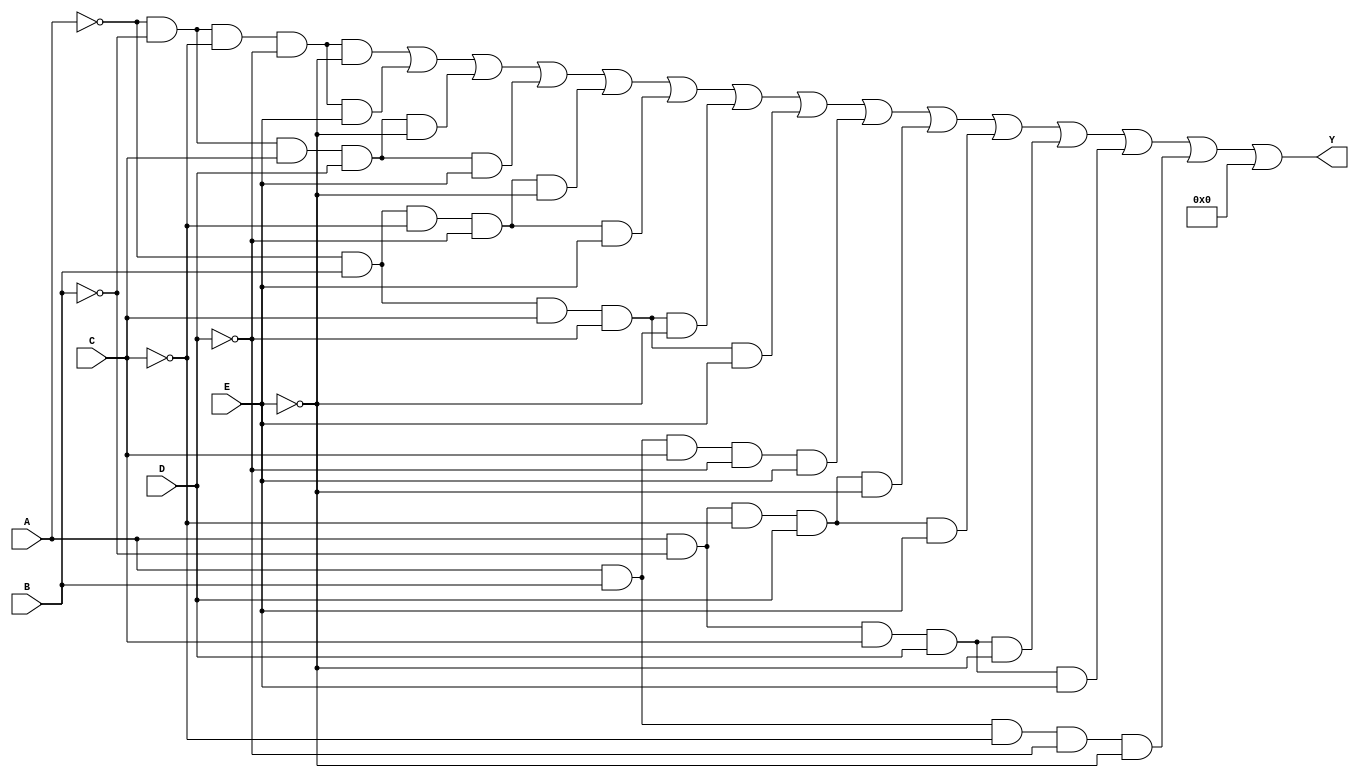
module five_variable_kmap (
    input wire A, // input variable A
    input wire B, // input variable B
    input wire C, // input variable C
    input wire D, // input variable D
    input wire E, // input variable E
    output wire Y // output Y
);

// The K-map output for a specific function needs to be defined.
// Here we'll manually define the logic based on the K-map population.
// For example purposes, you will need to replace the '1s' and '0s' 
// according to your specific minterm requirements.

assign Y = (
    (A == 0 && B == 0 && C == 0 && D == 0 && E == 0) || // m0
    (A == 0 && B == 0 && C == 0 && D == 0 && E == 1) || // m1
    (A == 0 && B == 0 && C == 1 && D == 1 && E == 0) || // m2
    (A == 0 && B == 0 && C == 1 && D == 1 && E == 1) || // m3
    (A == 0 && B == 1 && C == 0 && D == 0 && E == 0) || // m4
    (A == 0 && B == 1 && C == 0 && D == 0 && E == 1) || // m5
    (A == 0 && B == 1 && C == 1 && D == 0 && E == 0) || // m6
    (A == 0 && B == 1 && C == 1 && D == 0 && E == 1) || // m7
    (A == 1 && B == 1 && C == 1 && D == 0 && E == 1) || // m8
    (A == 1 && B == 0 && C == 0 && D == 1 && E == 0) || // m9
    (A == 1 && B == 0 && C == 0 && D == 1 && E == 1) || // m10
    (A == 1 && B == 0 && C == 1 && D == 1 && E == 0) || // m11
    (A == 1 && B == 0 && C == 1 && D == 1 && E == 1) || // m12
    (A == 1 && B == 1 && C == 0 && D == 0 && E == 0) || // m13
    // ... continue listing the required minterms here
    0 // default: if none of the conditions are true
);

endmodule